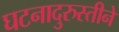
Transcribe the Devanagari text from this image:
घटनादुरुस्तीने